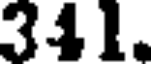
341.